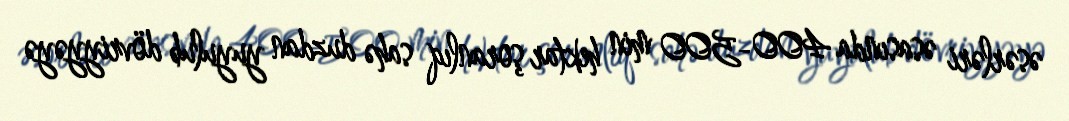
əsərləri əsasında 400-500 min hektar şoranlıq sahə duzdan yuyulub dövriyyəyə